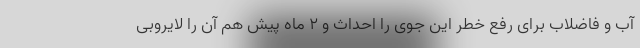
آب و فاضلاب برای رفع خطر این جوی را احداث و ۲ ماه پیش هم آن را لایروبی